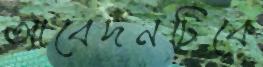
আবেদনটিকে